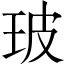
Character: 玻